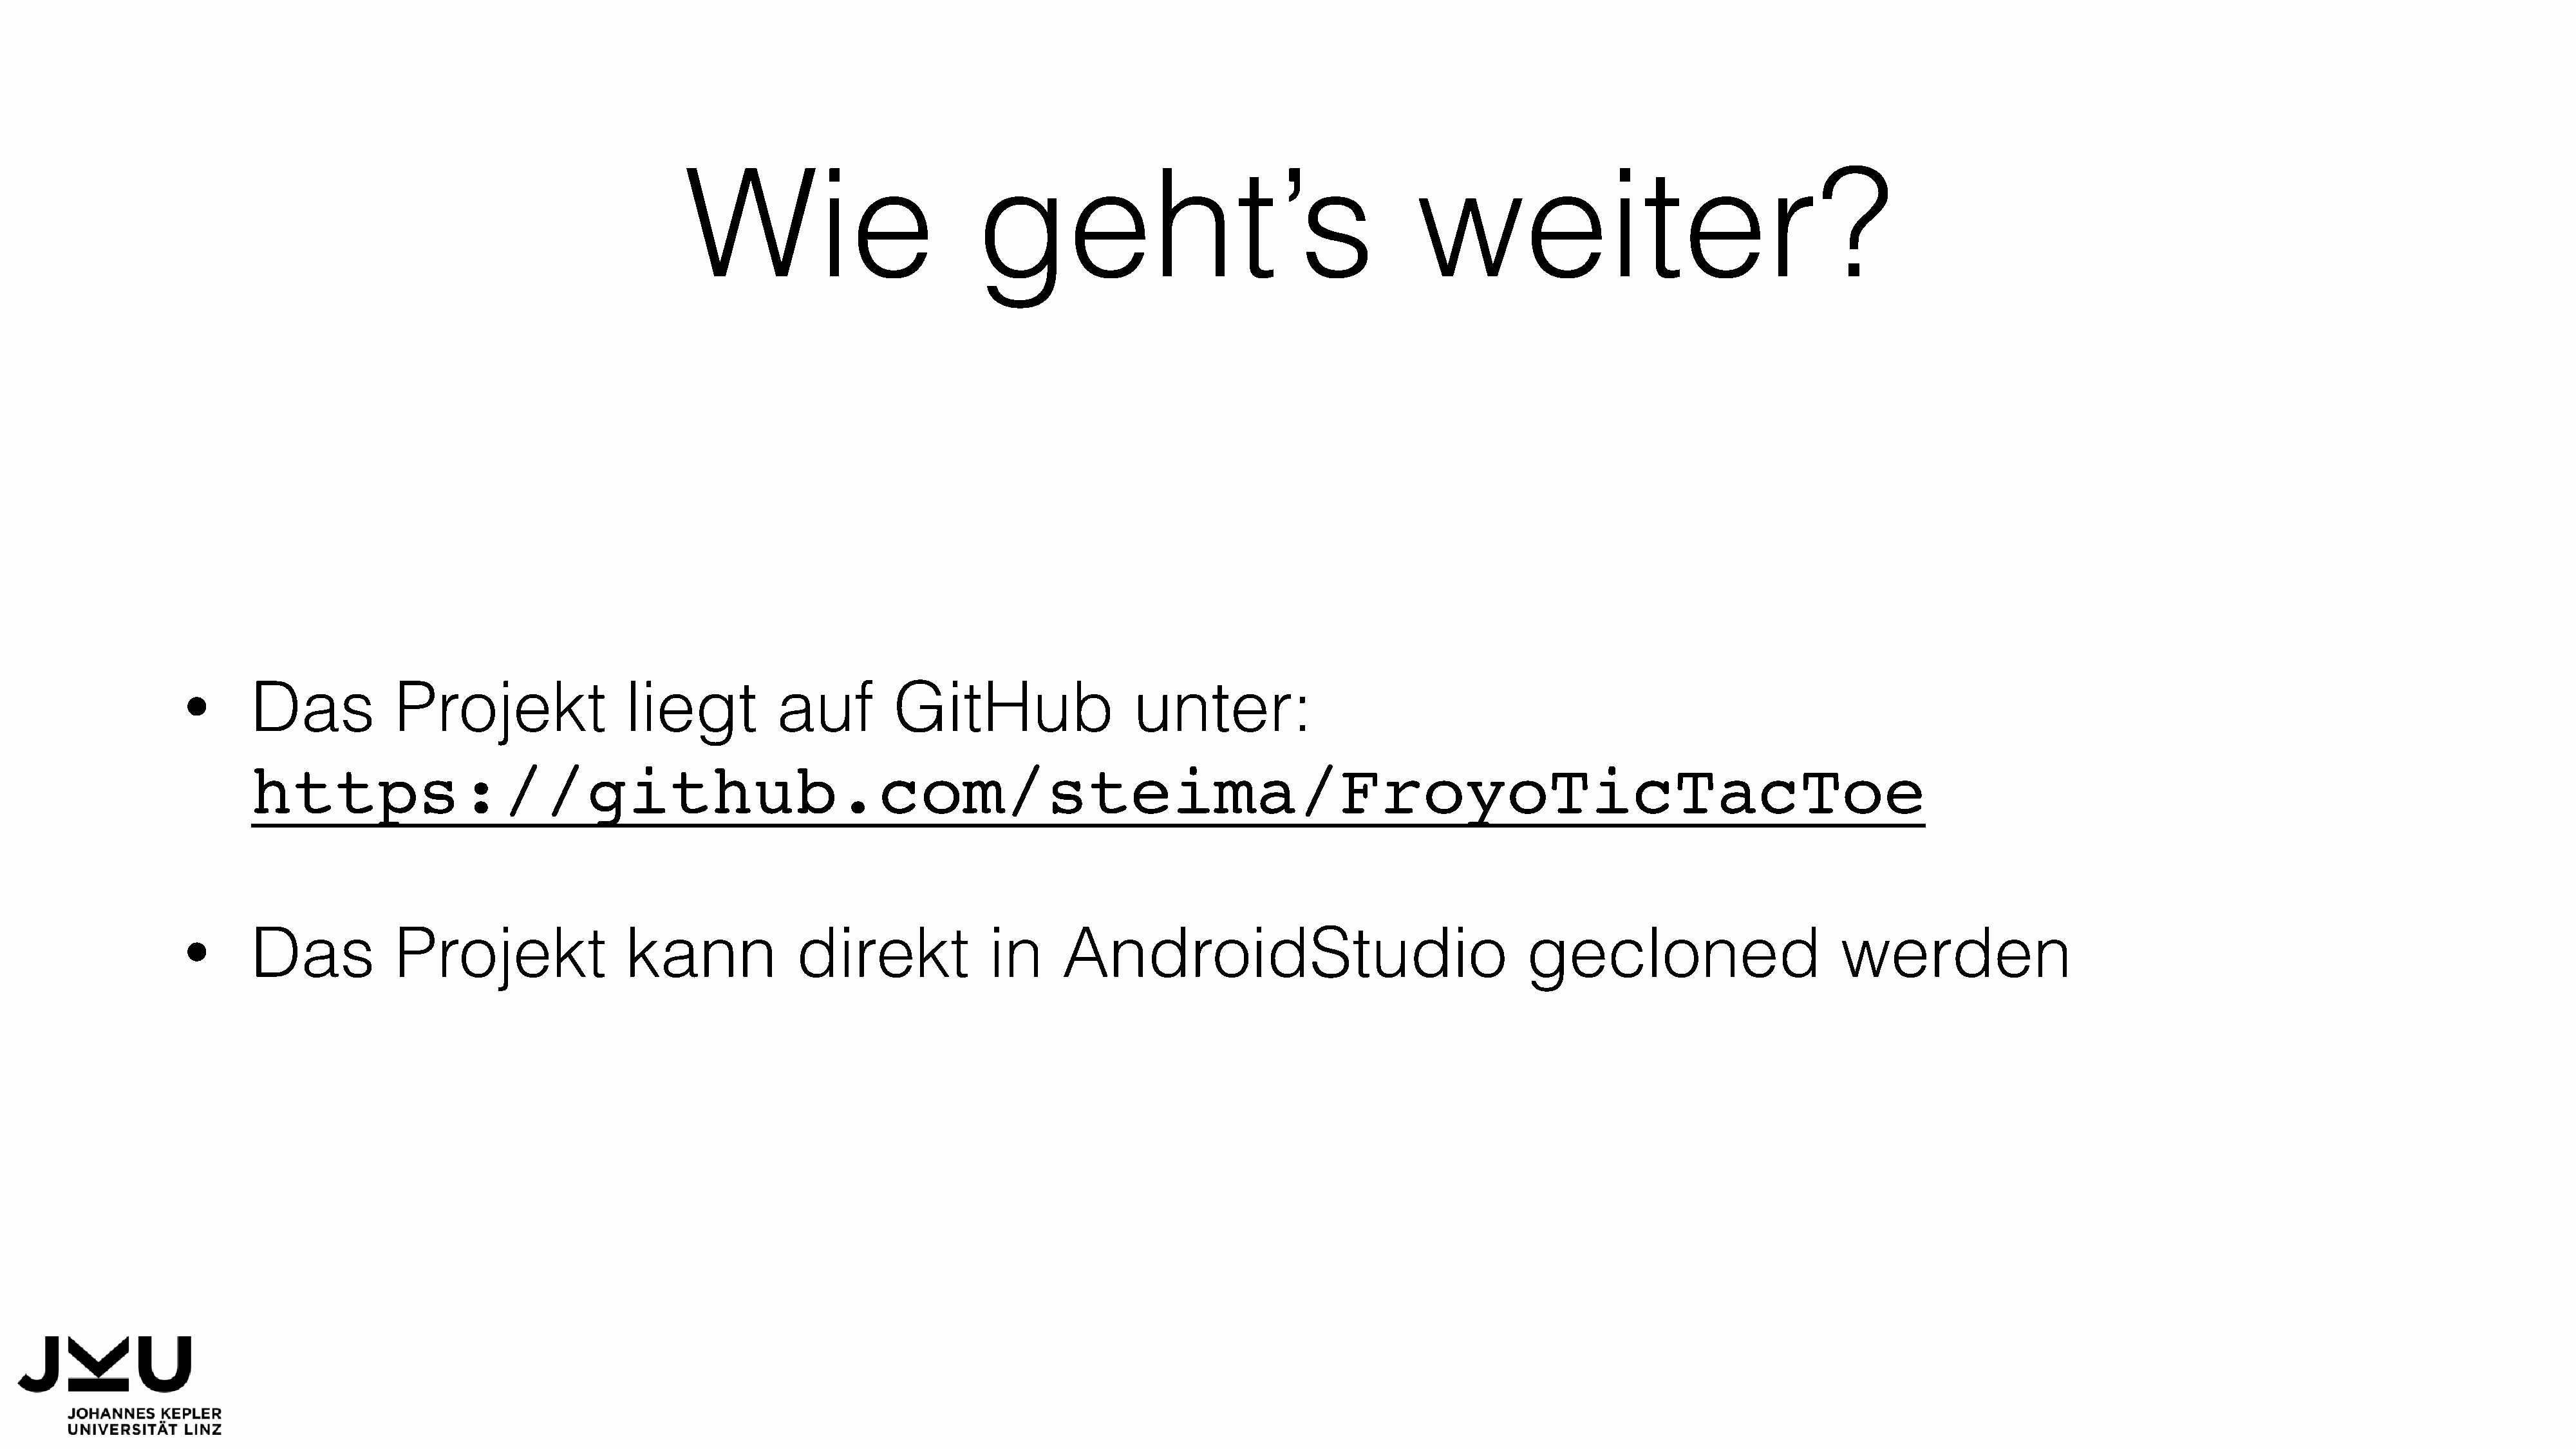
Wie                           geht’s                                        weiter?
 Das            Projekt                liegt           auf         GitHub                   unter:
 •
 https://github.com/steima/FroyoTicTacToe
 Das            Projekt                kann              direkt              in     AndroidStudio                                   gecloned                        werden
 •